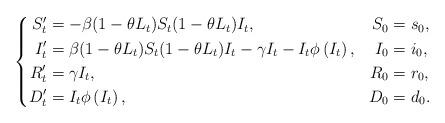
LaTeX: \begin{align*}\left\{\begin{aligned}S^\prime_t&=-\beta(1-\theta L_t)S_t (1-\theta L_t )I_t, & S_0 &= s_0, \\I^\prime_t &=\beta(1-\theta L_t )S_t (1-\theta L_t )I_t -\gamma I_t -I_t \phi\left(I_t \right), & I_0 &= i_0,\\R^\prime_t &=\gamma I_t, & R_0 &= r_0, \\D^\prime_t &=I_t \phi\left(I_t \right), & D_0 &= d_0.\\\end{aligned}\right.\end{align*}